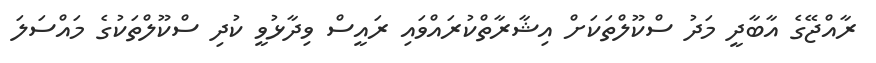
ރާއްޖޭގެ އާބާދީ މަދު ސްކޫލްތަކަށް އިޝާރާތްކުރައްވައި ރައީސް ވިދާޅުވީ ކުދި ސްކޫލްތަކުގެ މައްސަލަ